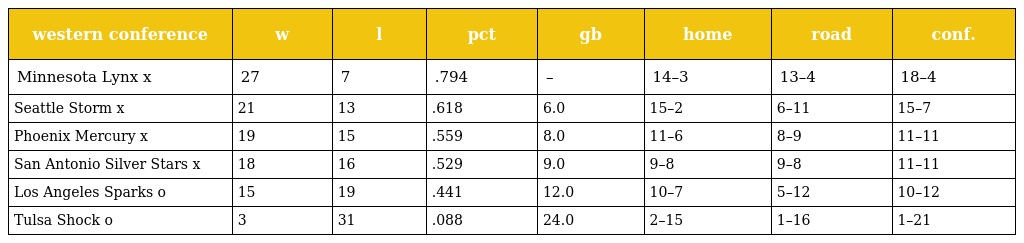
| western conference | w | l | pct | gb | home | road | conf. |
 | --- | --- | --- | --- | --- | --- | --- | --- |
 | Minnesota Lynx x | 27 | 7 | .794 | – | 14–3 | 13–4 | 18–4 |
 | Seattle Storm x | 21 | 13 | .618 | 6.0 | 15–2 | 6–11 | 15–7 |
 | Phoenix Mercury x | 19 | 15 | .559 | 8.0 | 11–6 | 8–9 | 11–11 |
 | San Antonio Silver Stars x | 18 | 16 | .529 | 9.0 | 9–8 | 9–8 | 11–11 |
 | Los Angeles Sparks o | 15 | 19 | .441 | 12.0 | 10–7 | 5–12 | 10–12 |
 | Tulsa Shock o | 3 | 31 | .088 | 24.0 | 2–15 | 1–16 | 1–21 |